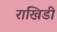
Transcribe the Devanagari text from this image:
राखिडी